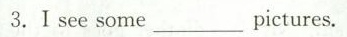
3.Ⅰsee some ___ pictures.